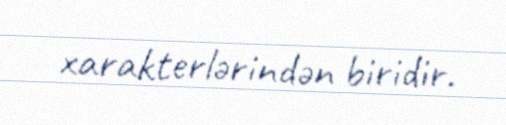
xarakterlərindən biridir.